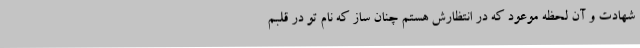
شهادت و آن لحظه موعود که در انتظارش هستم چنان ساز که نام تو در قلبم